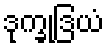
ဒုက္ခုဒြယံ